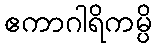
ဧကာဂါရိကမ္ပိ